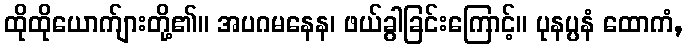
ထိုထိုယောက်ျားတို့၏။ အပဂမနေန၊ ဖယ်ခွါခြင်းကြောင့်။ ပုနပ္ပနံ ထောကံ,